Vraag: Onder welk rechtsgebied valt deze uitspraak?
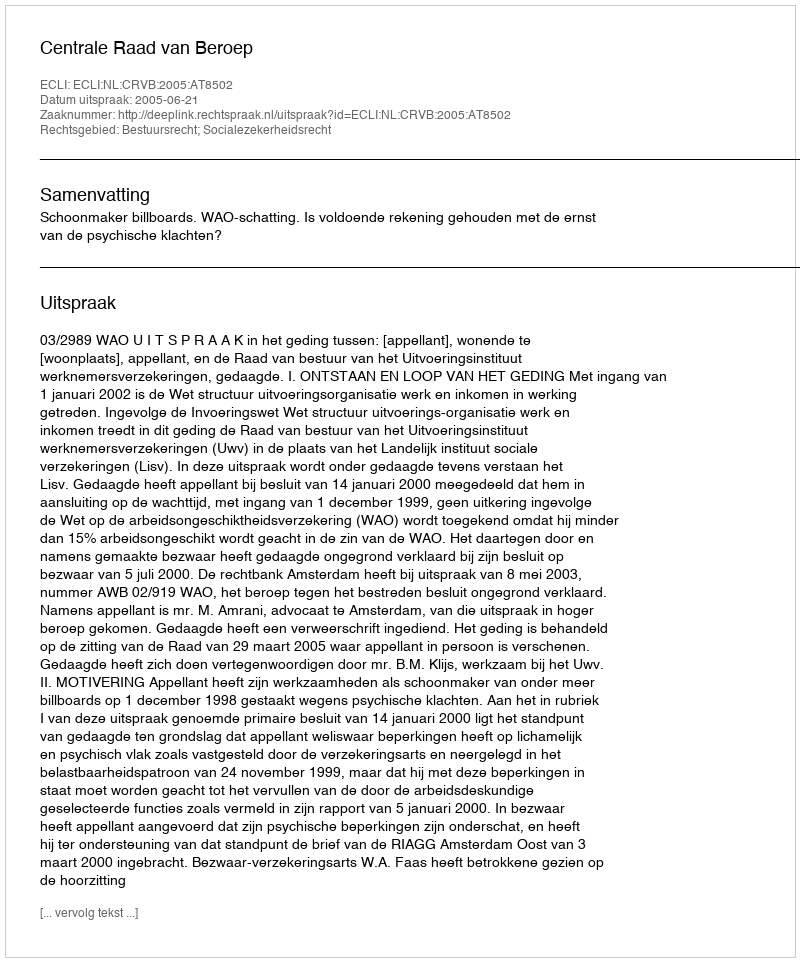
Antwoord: Bestuursrecht; Socialezekerheidsrecht